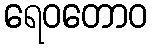
ရေဝတောဝ